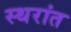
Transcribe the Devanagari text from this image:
स्थरांत